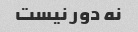
نه دور نیست